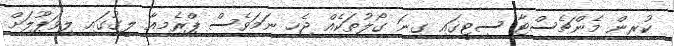
ކުރިން މެންޗެސްޓާ ސިޓީގައި ގިނަ ގޯލުތަކެއް ޖެހި ނަމަވެސް ޕްރެމިއާ ލީގުގައި ލިވަޕޫލަށް